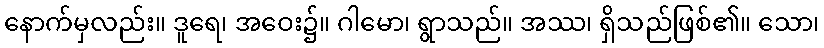
နောက်မှလည်း။ ဒူရေ၊ အဝေး၌။ ဂါမော၊ ရွာသည်။ အဿ၊ ရှိသည်ဖြစ်၏။ သော၊